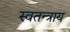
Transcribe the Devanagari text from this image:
स्वतन्त्राय